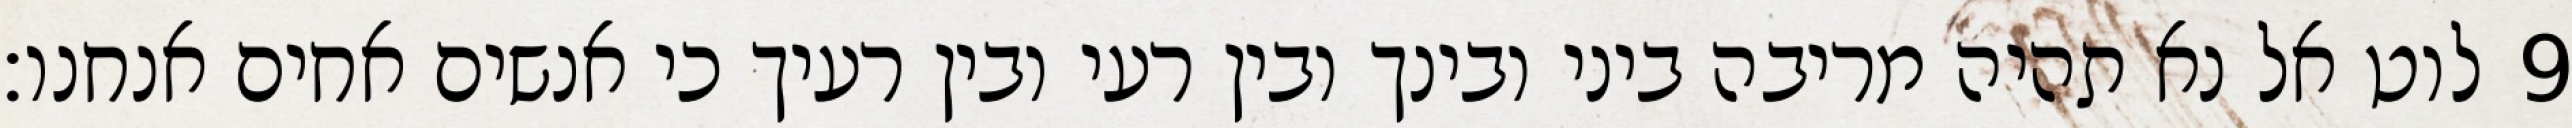
לוט אל נא תהיה מריבה ביני ובינך ובין רעי ובין רעיך כי אנשים אחים אנחנו׃ ‎9‏